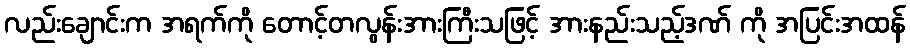
လည်းချောင်းက အရက်ကို တောင့်တလွန်းအားကြီးသဖြင့် အားနည်းသည့်ဒဏ် ကို အပြင်းအထန်